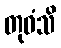
တုဝံသိ